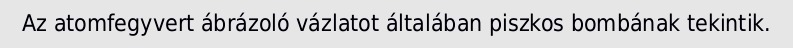
Az atomfegyvert ábrázoló vázlatot általában piszkos bombának tekintik.